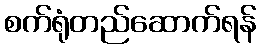
စက်ရုံတည်ဆောက်ရန်